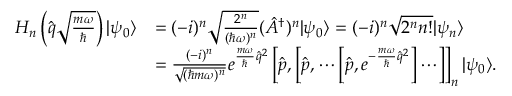
\begin{array} { r l } { H _ { n } \left( \hat { q } \sqrt { \frac { m \omega } { \hbar } } \right) | \psi _ { 0 } \rangle } & { = ( - i ) ^ { n } \sqrt { \frac { 2 ^ { n } } { ( \hbar \omega ) ^ { n } } } ( \hat { A } ^ { \dagger } ) ^ { n } | \psi _ { 0 } \rangle = ( - i ) ^ { n } \sqrt { 2 ^ { n } n ! } | \psi _ { n } \rangle } \\ & { = \frac { ( - i ) ^ { n } } { \sqrt { ( \hbar m \omega ) ^ { n } } } e ^ { \frac { m \omega } { \hbar } \hat { q } ^ { 2 } } \left[ \hat { p } , \left[ \hat { p } , \cdots \left[ \hat { p } , e ^ { - \frac { m \omega } { \hbar } \hat { q } ^ { 2 } } \right] \cdots \right] \right] _ { n } | \psi _ { 0 } \rangle . } \end{array}